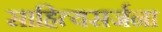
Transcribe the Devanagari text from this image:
साहित्यसर्जना